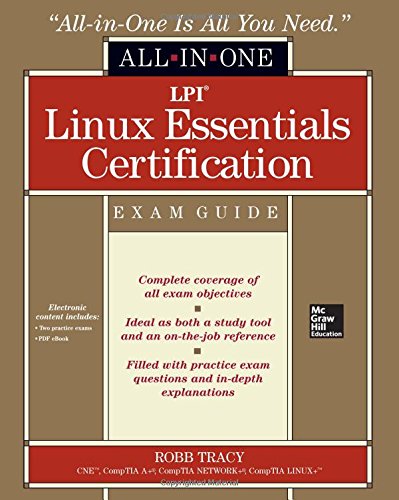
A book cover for LPI Linux Essentials Certification All-in-One Exam Guide; Robb Tracy; Computers & Technology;